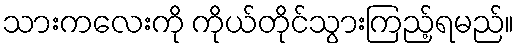
သားကလေးကို ကိုယ်တိုင်သွားကြည့်ရမည်။